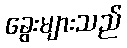
ခွေးများသည်